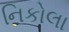
નિકોલા